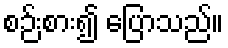
စဉ်းစား၍ ပြောသည်။